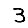
Digit: 3